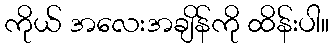
ကိုယ် အလေးအချိန်ကို ထိန်းပါ။